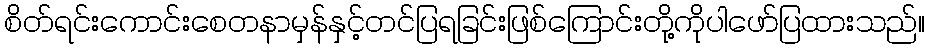
စိတ်ရင်းကောင်းစေတနာမှန်နှင့်တင်ပြရခြင်းဖြစ်ကြောင်းတို့ကိုပါဖော်ပြထားသည်။